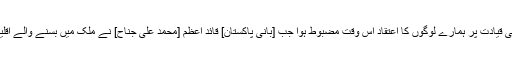
انہوں نے پاکستان فارورڈ کو بتایا، "[1947 میں] نئے بننے والے پاکستان کی قیادت پر ہمارے لوگوں کا اعتقاد اس وقت مضبوط ہوا جب [بانیٔ پاکستان] قائد اعظم [محمد علی جناح] نے ملک میں بسنے والے اقلیتی گروہوں کے لیے مساوی حقوق اور عبادت کرنے کی آزادی کا اعلان کیا۔